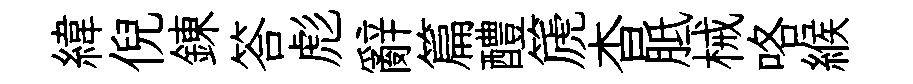
緯倪錬答彪辭篇醴篪杳胝械咯緱